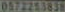
0572263839